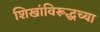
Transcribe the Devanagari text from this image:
शिखांविरूद्धच्या